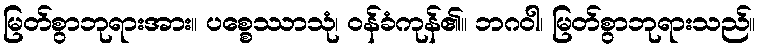
မြတ်စွာဘုရားအား။ ပစ္စေဿာသုံ၊ ဝန်ခံကုန်၏။ ဘဂဝါ၊ မြတ်စွာဘုရားသည်။